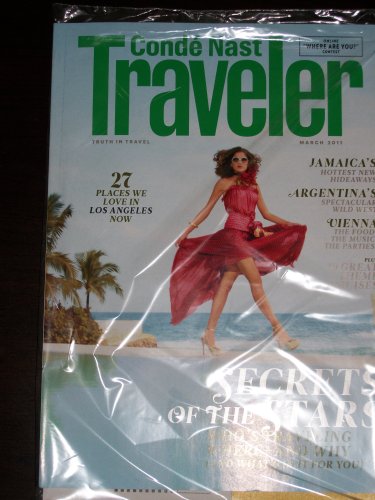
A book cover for Conde Nast Traveler Magazine (March 2011); Travel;